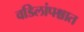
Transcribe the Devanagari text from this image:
वडिलांपश्चात